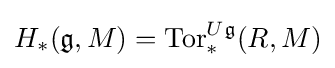
H_{*}({\mathfrak {g}},M)=\operatorname {Tor} _{*}^{U{\mathfrak {g}}}(R,M)